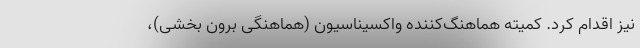
نیز اقدام کرد. کمیته هماهنگ‌کننده واکسیناسیون (هماهنگی برون بخشی)،